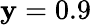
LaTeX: \mathbf{y}=0.9